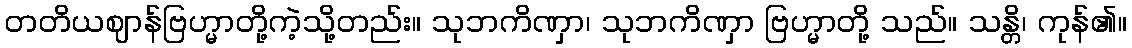
တတိယဈာန်ဗြဟ္မာတို့ကဲ့သို့တည်း။ သုဘကိဏှာ၊ သုဘကိဏှာ ဗြဟ္မာတို့ သည်။ သန္တိ၊ ကုန်၏။